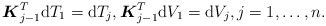
\begin{align*} \boldsymbol{K}_{j-1}^T \mathrm{d} T_1=\mathrm{d} T_{j} , \boldsymbol{K}_{j-1} ^T\mathrm{d} V_1=\mathrm{d} V_{j} ,j=1,\ldots,n .\end{align*}